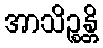
အာသိဉ္စန္တိ